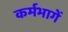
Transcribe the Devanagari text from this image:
कर्मभागें